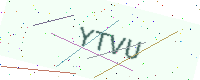
Text: YTVU